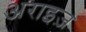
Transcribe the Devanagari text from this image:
अराइज़